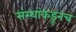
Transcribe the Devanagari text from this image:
संस्थांकडूनच